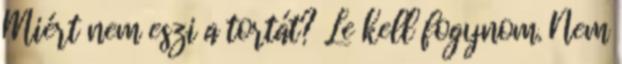
Miért nem eszi a tortát? Le kell fogynom. Nem